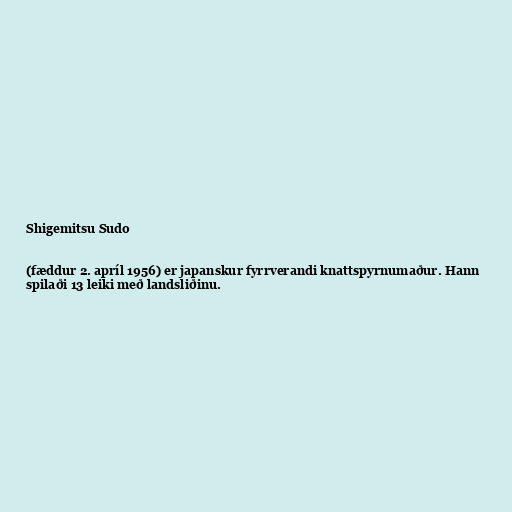
Shigemitsu Sudo

(fæddur 2. apríl 1956) er japanskur fyrrverandi knattspyrnumaður. Hann
spilaði 13 leiki með landsliðinu.